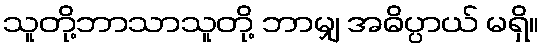
သူတို့ဘာသာသူတို့ ဘာမျှ အဓိပ္ပာယ် မရှိ။